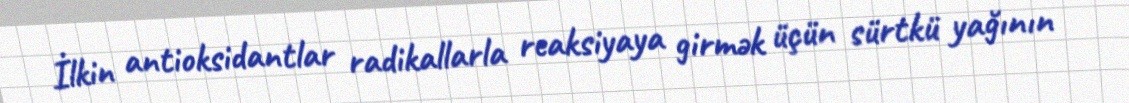
İlkin antioksidantlar radikallarla reaksiyaya girmək üçün sürtkü yağının